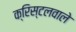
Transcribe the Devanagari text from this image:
क्रिस्टलवाले